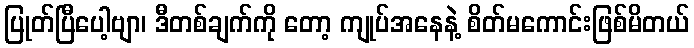
ပြုတ်ပြီပေါ့ဗျာ၊ ဒီတစ်ချက်ကို တော့ ကျုပ်အနေနဲ့ စိတ်မကောင်းဖြစ်မိတယ်